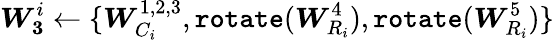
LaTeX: \boldsymbol{W_{3}}^{i}\leftarrow\{ \boldsymbol{W}_{C_{i}}^{1,2,3},\texttt{rotate}(\boldsymbol{W}_{R_{i}}^{4}),\texttt{rotate}(\boldsymbol{W}_{R_{i}}^{5})\}